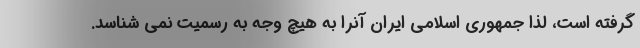
گرفته است، لذا جمهوری اسلامی ایران آنرا به هیچ وجه به رسمیت نمی شناسد.